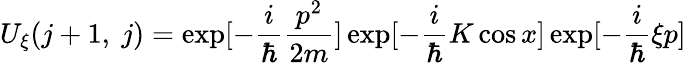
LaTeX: U_{\xi}(j+1,~j)=\exp[-\frac{i}{\hbar}\frac{p^{2}}{2m}]\exp[-\frac{i}{\hbar}K\cos x]\exp[-\frac{i}{\hbar}\xi p]